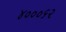
૪૦૦૦૬૨